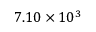
7 . 1 0 \times 1 0 ^ { 3 }